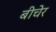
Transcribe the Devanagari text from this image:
बीचेर